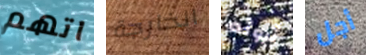
اتهم الخارجة ثروته أجل